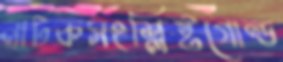
নাটকসংশ্লিষ্টগোল্ড